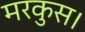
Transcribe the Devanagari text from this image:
मरकुस।